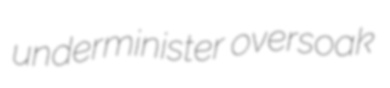
underminister oversoak